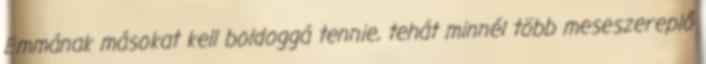
Emmának másokat kell boldoggá tennie, tehát minnél több meseszereplő